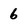
Character: 6